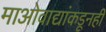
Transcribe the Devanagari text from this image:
माओवाद्यांकडूनही